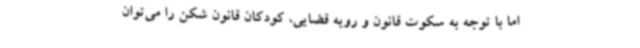
اما با توجه به سکوت قانون و رویه‌ قضایی، کودکان قانون شکن را می‌توان